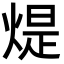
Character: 煶